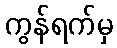
ကွန်ရက်မှ